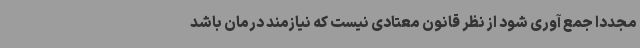
مجدداً جمع آوری شود از نظر قانون معتادی نیست که نیازمند درمان باشد